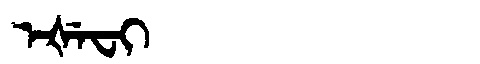
Manchu: ᡝᡧᡝᠸᡳ
Romanization: EŠEFI